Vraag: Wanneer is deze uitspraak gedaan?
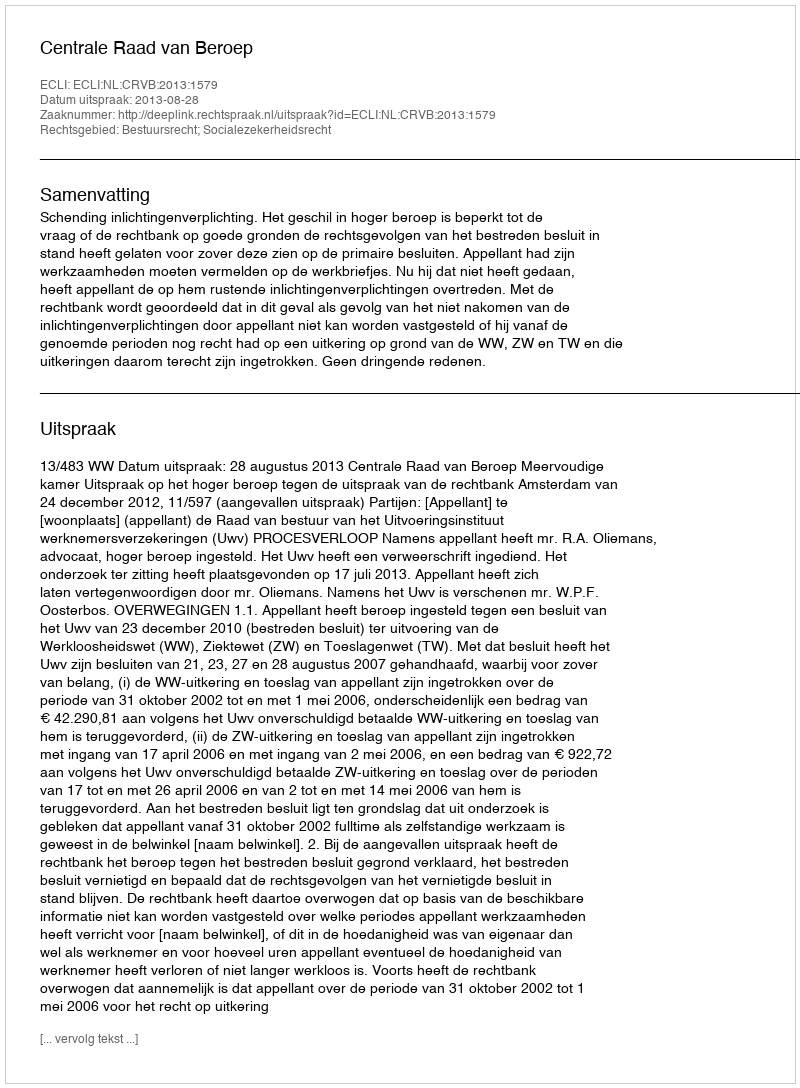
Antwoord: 2013-08-28